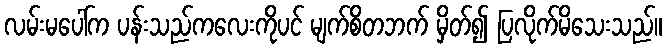
လမ်းမပေါ်က ပန်းသည်ကလေးကိုပင် မျက်စိတဘက် မှိတ်၍ ပြလိုက်မိသေးသည်။